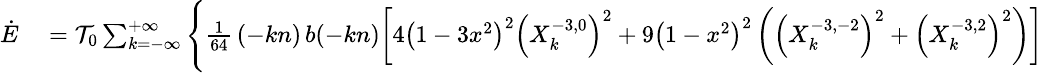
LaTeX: \small\begin{array}{rl}{\dot{E}}&{{}={\cal T}_{0}\sum_{k=-\infty}^{+\infty}\Bigg\{ \frac{1}{64}\, (-kn)\, b(-kn)\bigg[4\left(1-3x^{2}\right)^{2}\left(X_{k}^{-3,0}\right)^{2}+9\left(1-x^{2}\right)^{2}\left(\left(X_{k}^{-3,-2}\right)^{2}+\left(X_{k}^{-3,2}\right)^{2}\right)\bigg]}\end{array}